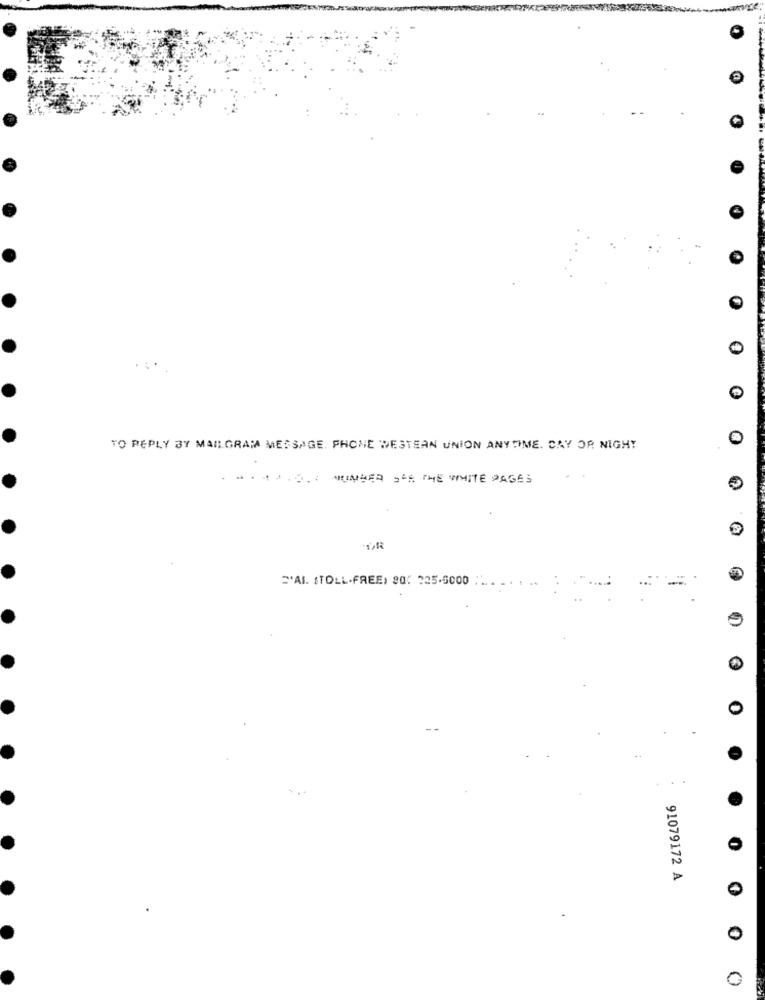
0
0
TO REPLY BY MAILGRAMA MESSAGE, PHONE WESTERN UNION ANYTIME. DAY OR NIGHT
4.6. 1 NUMBER JE THE WHITE PAGES
E'AI. STOLL-FREE) 80: 325.5000
0
91079172 A
0
0